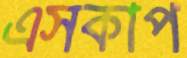
এসকাপ